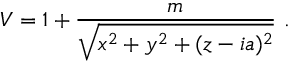
V = 1 + { \frac { m } { \sqrt { x ^ { 2 } + y ^ { 2 } + ( z - i a ) ^ { 2 } } } } \ .